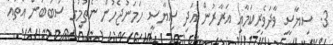
3. ސިޔާސީ ވާދަވެރިކަމާއި އަރާރުން އަދި ސިޔާސީ ހަމަނުޖެހުން ނެތުމުގެ ސަބަބުން އެތައް